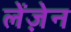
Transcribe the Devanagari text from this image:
लेंज़ेन